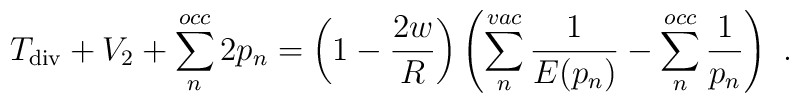
T_{\rm div}+V_2 + \sum_n^{occ} 2 p_n = \left( 1-\frac{2w}{R} \right) \left( \sum_n^{vac} \frac{1}{E(p_n)} - \sum_n^{occ} \frac{1}{p_n} \right) \ .